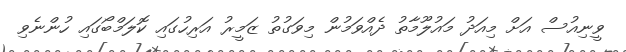
ވީނިއުސް އަށް މިއަދު މައުލޫމާތު ދެއްވަމުން މިވަގުތު ޒަމީރު އަރިހުގައި ކޮލަމްބޯގައި ހުންނެވި